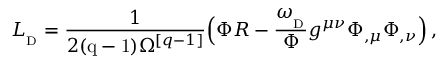
{ \cal L } _ { _ \mathrm { D } } = { \frac { 1 } { 2 ( \mathrm { q - 1 } ) \Omega ^ { [ q - 1 ] } } } \Big ( \Phi R - { \frac { \omega _ { _ \mathrm { D } } } { \Phi } } g ^ { \mu \nu } \Phi _ { , \mu } \Phi _ { , \nu } \Big ) \, ,